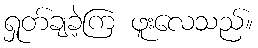
ရှုတ်ချခဲ့ကြ ဖူးလေသည်။